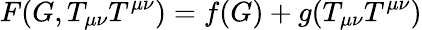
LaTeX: F(G,T_{\mu\nu}T^{\mu\nu})=f(G)+g(T_{\mu\nu}T^{\mu\nu})